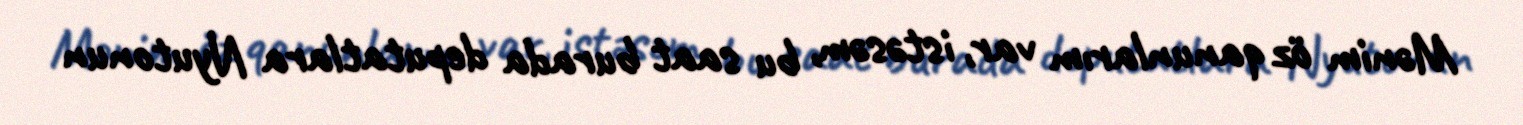
Mənim öz qanunlarım var, istəsəm, bu saat burada deputatlara Nyutonun